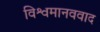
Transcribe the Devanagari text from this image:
विश्वमानववाद